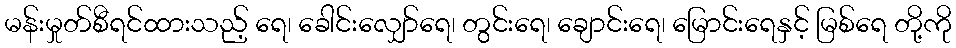
မန်းမှုတ်စီရင်ထားသည့် ရေ၊ ခေါင်းလျှော်ရေ၊ တွင်းရေ၊ ချောင်းရေ၊ မြောင်းရေနှင့် မြစ်ရေ တို့ကို